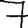
Digit: 7